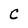
Character: C